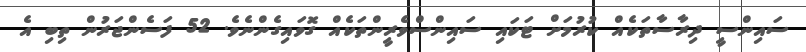
ސައިންސީ ދިރާސާތަކެއް ކުރުމަށް ޓަކައި ސައިންސްވެރީންތަކެއް ގޮވައިގެންނެވެ. 52 ފަސެންޖަރުން ތިބި އެ